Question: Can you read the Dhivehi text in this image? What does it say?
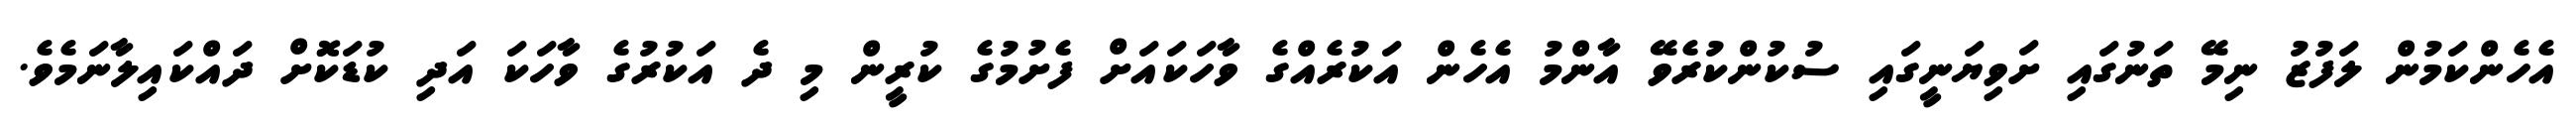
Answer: އެހެންކަމުން ލަފުޒު ނިމޭ ތަނުގައި ށަވިޔަނީގައި ސުކުންކުރެވޭ އާންމު އެހެން އަކުރެއްގެ ވާހަކައަށް ފެށުމުގެ ކުރީން މި ދެ އަކުރުގެ ވާހަކަ އަދި ކުޑަކޮށް ދައްކައިލާނަމެވެ.